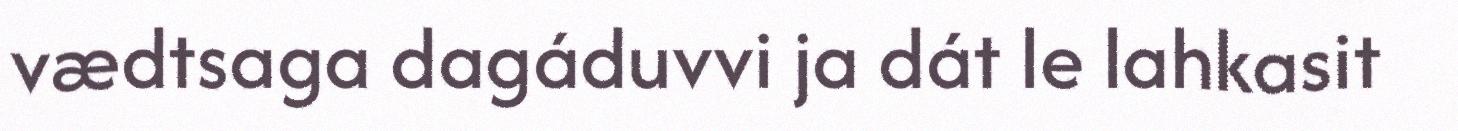
vædtsaga dagáduvvi ja dát le lahkasit